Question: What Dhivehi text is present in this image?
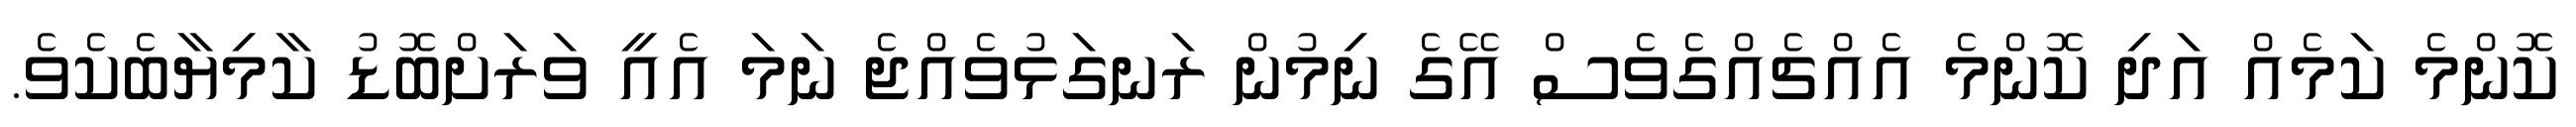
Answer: ކޮންމެ ކަމެއް އަދި ކޮންމެ އެއްޗެއްގެވެސް އޭގެ ނިމުން ރަނގަޅުވެއްޖެ ނަމަ އެއީ ވަރަށްބޮޑު ކާމިޔާބެކެވެ.